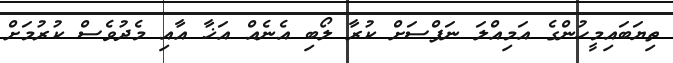
ތިޔަބައިމީހުންގެ އަމިއްލަ ނަފްސަށް ކުރާ ލޯބި އެނެއް އަޚާ އާއި މެދުވެސް ކުރުމަށް